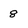
Character: 8